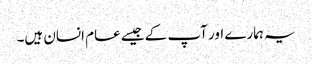
یہ ہمارے اور آپ کے جیسے عام انسان ہیں۔